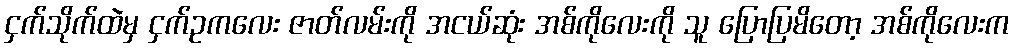
ငှက်သိုက်ထဲမှ ငှက်ဥကလေး ဇာတ်လမ်းကို အငယ်ဆုံး အစ်ကိုလေးကို သူ ပြောပြမိတော့ အစ်ကိုလေးက